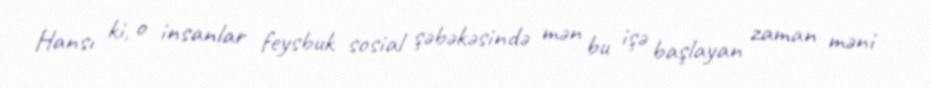
Hansı ki, o insanlar feysbuk sosial şəbəkəsində mən bu işə başlayan zaman məni